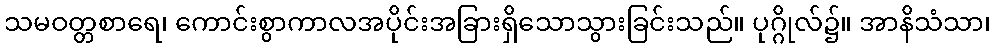
သမဝတ္တစာရေ၊ ကောင်းစွာကာလအပိုင်းအခြားရှိသောသွားခြင်းသည်။ ပုဂ္ဂိုလ်၌။ အာနိသံသာ၊